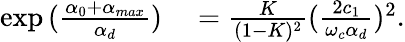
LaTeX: \begin{array}{rl}{\exp{(\frac{\alpha_{0}+\alpha_{max}}{\alpha_{d}})}}&{{}=\frac{K}{(1-K)^{2}}(\frac{2c_{1}}{\omega_{c}\alpha_{d}})^{2}.}\end{array}